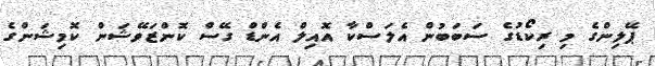
ޕޭލިންގެ މި ރިކޯޑުގެ ސަބަބުން އެލަސްކާ އޮއިލް އެންޑް ގޭސް ކޮންޒަވޭޝަން ކޮމިޝަންގެ